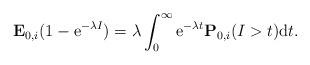
LaTeX: \begin{align*}\mathbf{E}_{0,i}(1-{\rm e}^{-\lambda I})=\lambda \int_0^{\infty}{\rm e}^{-\lambda t}\mathbf{P}_{0,i}(I>t){\rm d}t .\end{align*}